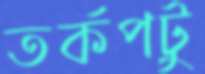
তর্কপটু